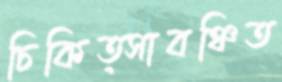
চিকিত্সাবঞ্চিত